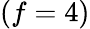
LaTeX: (f=4)